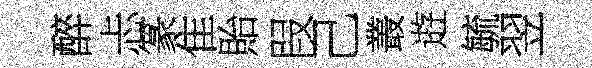
醉忐篆隹貽叚己叢逰毓翌